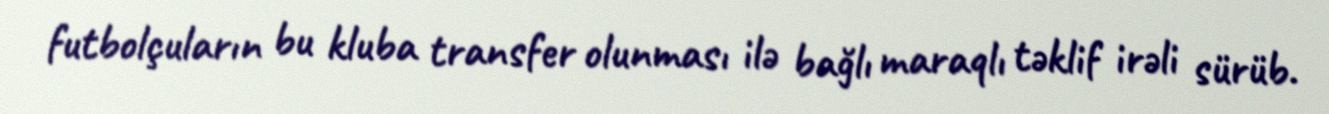
futbolçuların bu kluba transfer olunması ilə bağlı maraqlı təklif irəli sürüb.